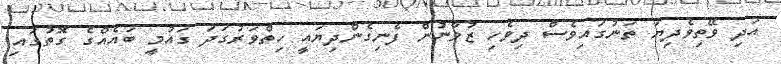
އަދި ވޭތިވެދިޔަ ތަނުގައިވެސް ދިވެހި ޒުވާނުން ފެނިގެންދިޔައީ ހިތްވަރުގަދަ ގައުމީ ބައެއްގެ ގޮތުގައި